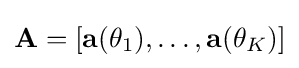
\mathbf {A} =[\mathbf {a} (\theta _{1}),\ldots ,\mathbf {a} (\theta _{K})]